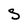
Character: S